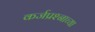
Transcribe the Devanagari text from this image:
कर्जप्रश्नाच्या